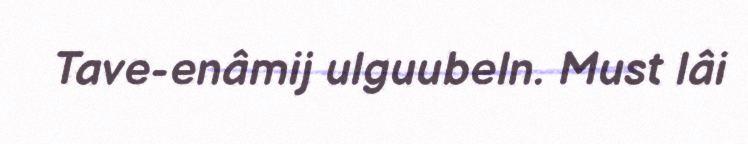
Tave-enâmij ulguubeln. Must lâi